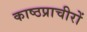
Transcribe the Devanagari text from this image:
काष्ठप्राचीरों